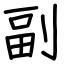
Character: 副